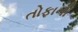
તોફાની